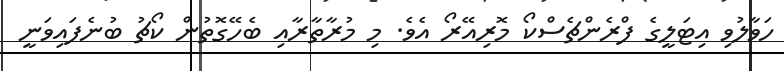
ހަވާލުވި އިޓަލީގެ ފްރެންޗެސްކޯ މޮރިއޭރޯ އެވެ. މި މުރާތާރާއި ބެހޭގޮތުން ކޯޗު ބުނެފައިވަނީ